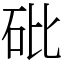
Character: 砒